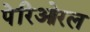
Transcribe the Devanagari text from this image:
पेरिओरल